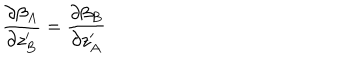
\frac { \partial \beta _ { A } } { \partial z _ { B } ^ { \prime } } = \frac { \partial \beta _ { B } } { \partial z _ { A } ^ { \prime } }